Indian journal of veterinary science and animal husbandry - Volumes 15-17, 1948-1951
Year: 1948
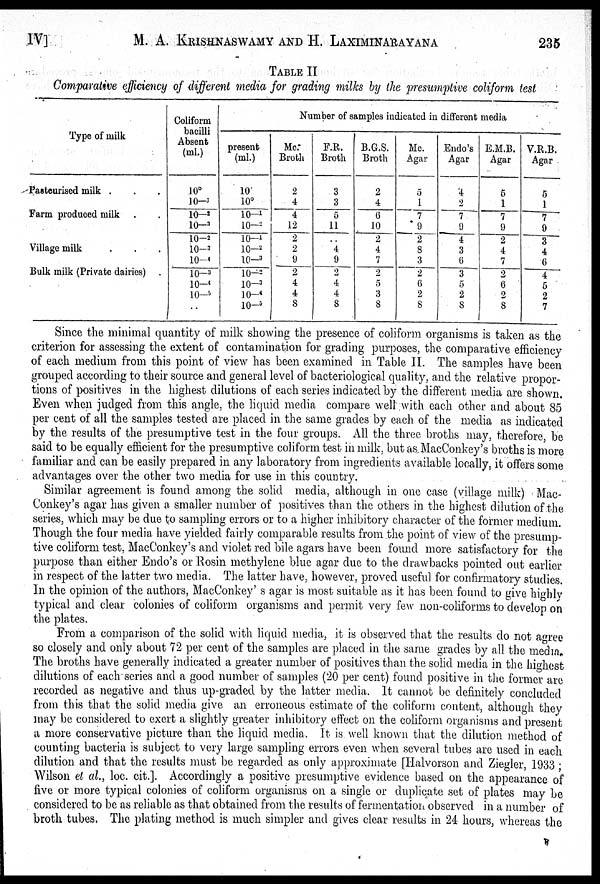
IV]
M. A. KRISHNASWAMY AND H.
LAXIMINARAYANA
235
TABLE II
Comparative efficiency of different media for grading milks by the presumptive coliform test
Type of milk
Pasteurised milk . . .
Farm produced milk . .
Village milk . . .
Bulk milk (Private dairies) .
Coliform
bacilli
Absent
(ml.)
10°
10– 1
10– 2
10– 3
10– 2
10– 3
10– 4
10– 3
10– 4
10– 5
..
Number of samples indicated in different media
present
(ml.)
10
10°
10– 1
10– 2
10– 1
10– 2
10– 3
10– 2
10– 3
10– 4
10– 5
Mc.
Broth
2
4
4
12
2
2
9
2
4
4
8
F.R.
Broth
3
3
5
11
..
4
9
2
4
4
8
B.G.S.
Broth
2
4
6
10
2
4
7
2
5
3
8
Mc.
Agar
5
1
7
9
2
8
3
2
6
2
8
Endo's
Agar
4
2
7
9
4
3
6
3
5
2
8
E.M.B.
Agar
5
1
7
9
2
4
7
2
6
2
8
V.R.B.
Agar
5
1
7
9
3
4
6
4
5
2
7
Since the minimal quantity of milk showing the presence of coliform organisms is taken as the
criterion for assessing the extent of contamination for grading purposes, the comparative efficiency
of each medium from this point of view has been examined in Table II. The samples have been
grouped according to their source and general level of bacteriological quality, and the relative propor-
tions of positives in the highest dilutions of each series indicated by the different media are shown.
Even when judged from this angle, the liquid media compare well with each other and about 85
per cent of all the samples tested are placed in the same grades by each of the media as indicated
by the results of the presumptive test in the four groups. All the three broths may, therefore, be
said to be equally efficient for the presumptive coliform test in milk, but as MacConkey's broths is more
familiar and can be easily prepared in any laboratory from ingredients available locally, it offers some
advantages over the other two media for use in this country.
Similar agreement is found among the solid media, although in one case (village milk) Mac-
Conkey's agar has given a smaller number of positives than the others in the highest dilution of the
series, which may be due to sampling errors or to a higher inhibitory character of the former medium.
Though the four media have yielded fairly comparable results from the point of view of the presump-
tive coliform test, MacConkey's and violet red bile agars have been found more satisfactory for the
purpose than either Endo's or Rosin methylene blue agar due to the drawbacks pointed out earlier
in respect of the latter two media. The latter have, however, proved useful for confirmatory studies.
In the opinion of the authors, MacConkey' s agar is most suitable as it has been found to give highly
typical and clear colonies of coliform organisms and permit very few non-coliforms to develop on
the plates.
From a comparison of the solid with liquid media, it is observed that the results do not agree
so closely and only about 72 per cent of the samples are placed in the same grades by all the media
The broths have generally indicated a greater number of positives than the solid media in the highest
dilutions of each series and a good number of samples (20 per cent) found positive in the former are
recorded as negative and thus up-graded by the latter media. It cannot be definitely concluded
from this that the solid media give an erroneous estimate of the coliform content, although they
may be considered to exert a slightly greater inhibitory effect on the coliform organisms and present
a more conservative picture than the liquid media. It is well known that the dilution method of
counting bacteria is subject to very large sampling errors even when several tubes are used in each
dilution and that the results must be regarded as only approximate [Halvorson and Ziegler, 1933 ;
Wilson et al., loc. cit.]. Accordingly a positive presumptive evidence based on the appearance of
five or more typical colonies of coliform organisms on a single or duplicate set of plates may be
considered to be as reliable as that obtained from the results of fermentation observed in a number of
broth tubes, The plating method is much simpler and gives clear results in 24 hours, whereas the
R